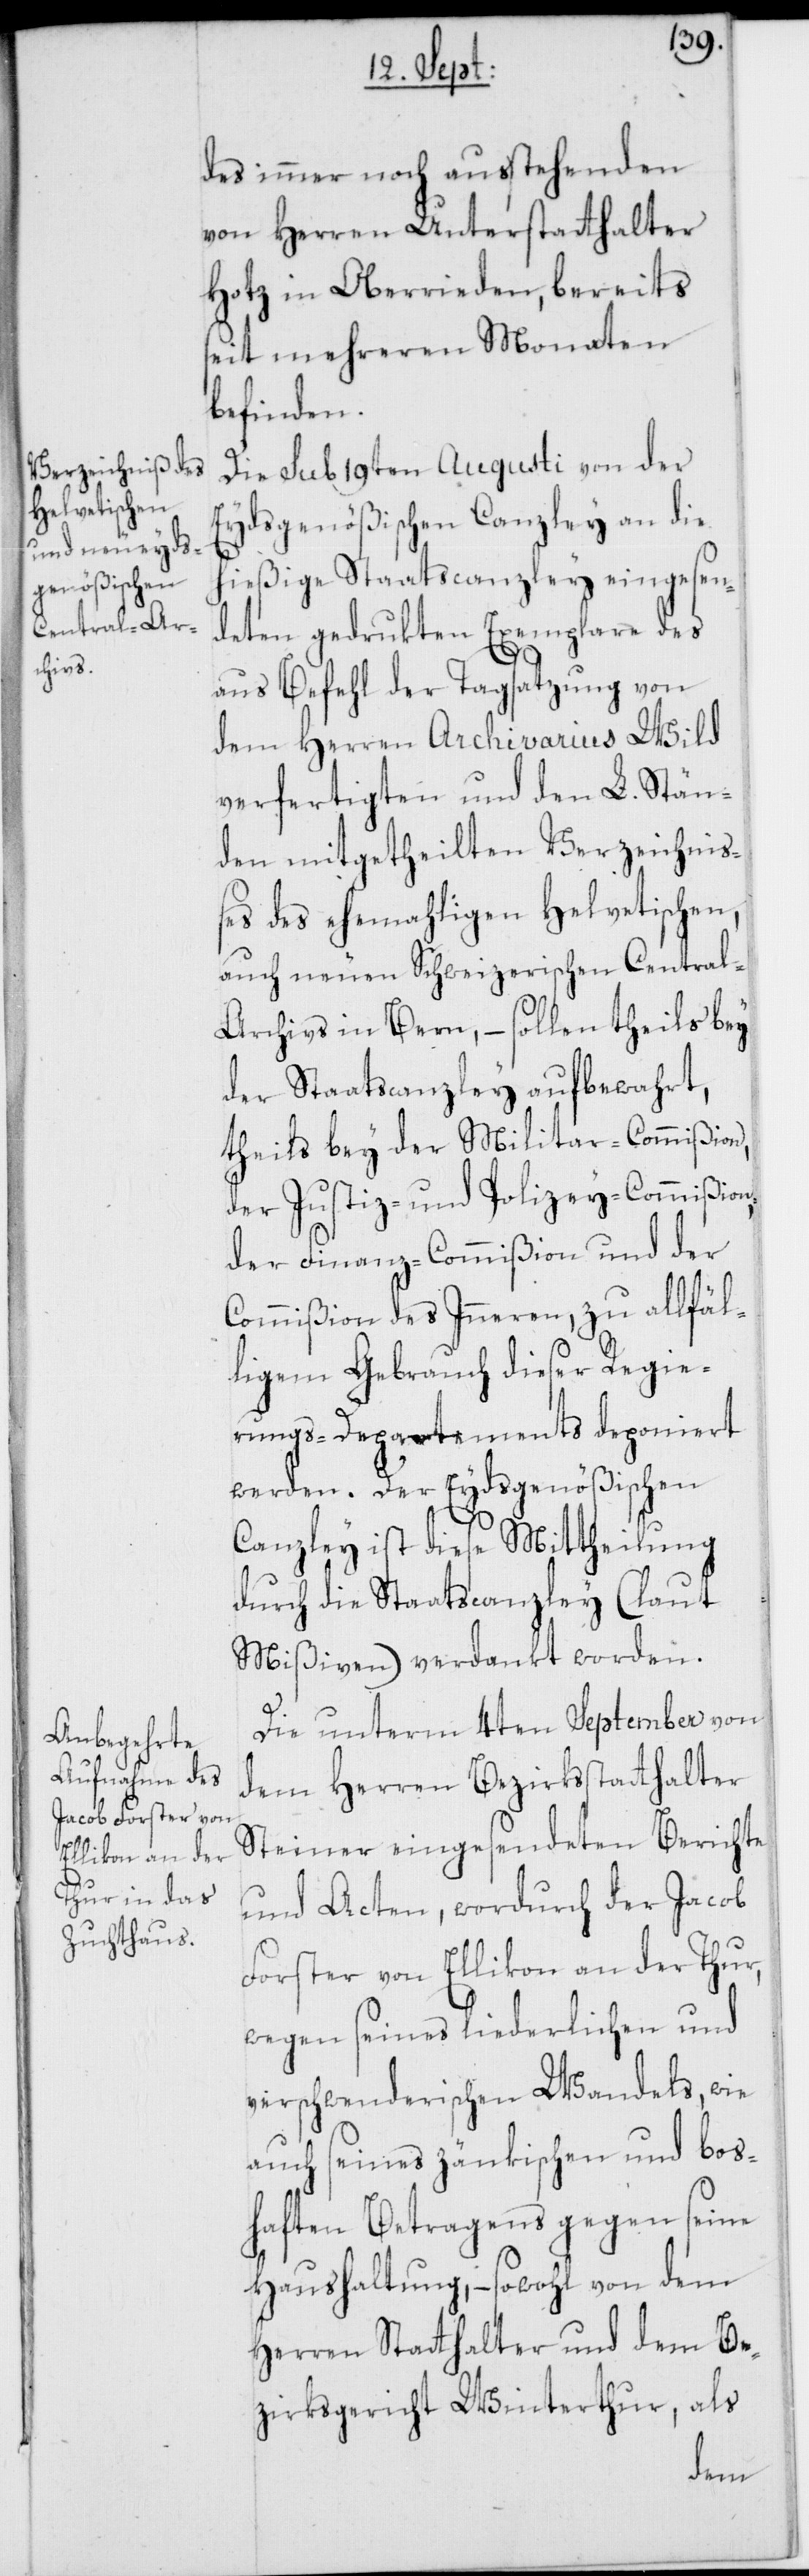
des immer noch ausstehenden
von Herren Unterstatthalter
Hotz in Oberrieden, bereits
seit mehreren Monaten
befinden.
Die sub 19ten Augusti von der
Eydsgenößischen Canzley an die
hießige Staatscanzley eingesen¬
deten gedrukten Exemplare des
aus Befehl der Tagsatzung von
dem Herren Archivarius Wild
verfertigten und den L. Stän¬
den mitgetheilten Verzeichni¬
ßes des ehemahligen Helvetischen,
auch neuen Schweizerischen Central-A¬
rchivs in Bern, – sollen theils bey
der Staatscanzley aufbewahrt,
theils bey der Militar-Commißion,
der Justiz- und Polizey-Commißion,
der Finanz-Commißion und der
Commißion des Inneren, zu allfäl¬
ligem Gebrauch dieser Regie¬
rungs-Departements deponiert
werden. Der Eydsgenößischen
Canzley ist diese Mittheilung
durch die Staatscanzley (laut
Mißiven) verdankt worden.
Die unterm 4ten September von
dem Herren Bezirksstatthalter
Steiner eingesendeten Berichte
und Acten, wordurch der Jacob
Forster von Ellikon an der Thur,
wegen seines liederlichen und
verschwenderischen Wandels, wie
auch seines zänkischen und bos¬
haften Betragens gegen seine
Haushaltung, – sowohl von dem
Herren Statthalter und dem Be¬
zirksgericht Winterthur, als